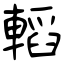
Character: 轁